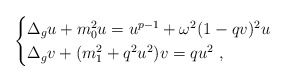
\begin{align*}\begin{cases}\Delta_g u+m_0^2 u=u^{p-1}+\omega^2(1-qv)^2 u\\\Delta_g v+(m_1^2+q^2u^2) v= q u^2~,\end{cases}\end{align*}